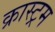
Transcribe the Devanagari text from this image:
क्रास्ट्रम